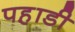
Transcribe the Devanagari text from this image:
पह़ाडी